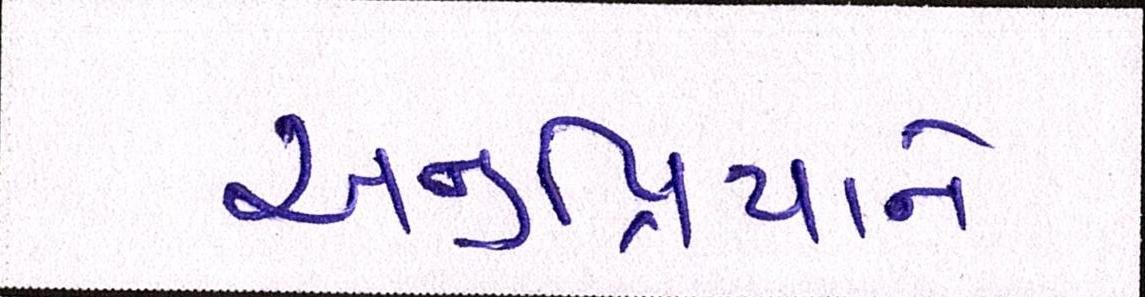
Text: અનુપ્રિયાને